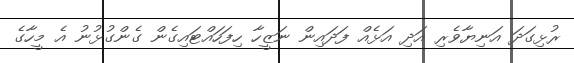
ރުޅިގަދަ އަނިޔާވެރި އަދި އަޅެއް ފަދައިން ނަޒީހާ ހިފަހައްޓައިގެން ގެންގުޅުނު އެ މީހާގެ